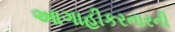
આગાહીકરનારની